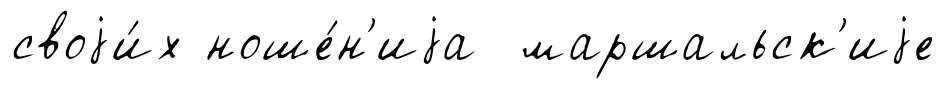
своjи́х ноше́н'иjа маршальск'иjе